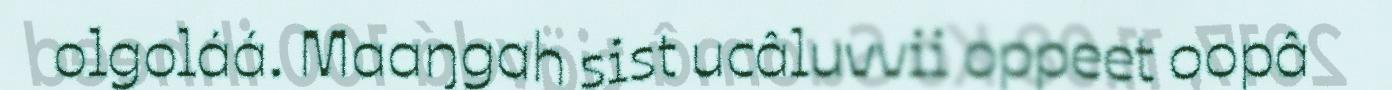
olgoláá. Maaŋgah sist ucâluvvii oppeet oopâ